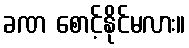
ခဏ စောင့်နိုင်မလား။